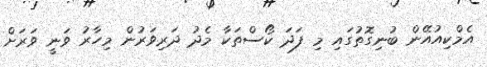
އެމްކިއުއޭން ބުނިގޮތުގައި މި ފަދަ ކޯސްތަކާ މެދު ދަރިވަރުން މިހާރު ވަނީ ވަރަށް